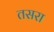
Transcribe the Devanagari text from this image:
तसरा